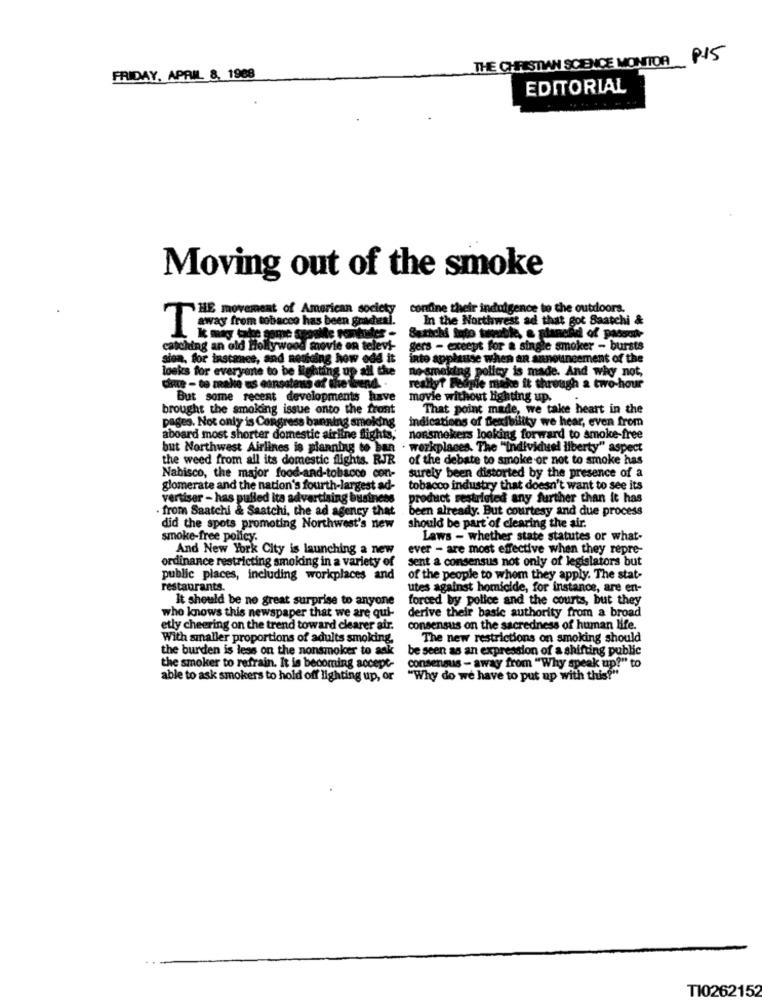
THE CHRISTIAN SCIENCE MONITOR P15
FRIDAY, APRIL 8, 1988
EDITORIAL
Moving out of the smoke
HE movement of American society
confine their indulgence to the outdoors.
In the Northwest ad that got Saatchi &
Settchi Into trouble, & sianend of passet-
Iwas from tobacco has been gracheal.
catching an old Hollywood movie on televi-
gers - except for a single smoker - bursts
sica, for instance, and nesteing how odd it
@ appkanise when an announcement of the
looks for everyone to be lighting up all the
no-smoking policy is made. And why not,
chute - to make us cansatens of the bend. .
yt Foiple make it through a two-hour
But some recent developments have
ovie without lighting up.
brought the smoking issue onto the front
That point made, we take heart in the
pages. Not only is Congress banning smoking
indications of flexibility we hear, even from
aboard most shorter domestic airline flights,'
nonsmokers looking forward to smoke-free
but Northwest Airlines is planning to ban
workplaces. The "individuel liberty" aspect
the weed from all its domestic flights. RJR of the debate to smoke or not to smoke has
Nabisco, the major food-and-tobacco con-
surely been distorted by the presence of a
glomerate and the nation's fourth-largest ad-
tobacco industry that doesn't want to see its
vertiser - has pulled Its advertising business
product restricted any further than it has
· from Saatchi & Saatchi, the ad agency that
been already. But courtesy and due process
did the spots promoting Northwest's new
should be part of clearing the air.
smoke-free policy.
Laws - whether state statutes or what-
And New York City is launching a new
ever - are most effective when they repre-
ordinance restricting smoking in a variety of
sent a consensus not only of legislators but
public places, including workplaces and
of the people to whom they apply. The stat-
restaurants.
utes against homicide, for instance, are en-
It should be no great surprise to anyone
forced by police and the courts, but they
who knows this newspaper that we are qui-
derive their basic authority from a broad
etly cheering on the trend toward clearer air.
consensus on the sacredness of human life.
With smaller proportions of adults smoking.
The new restrictions on smoking should
the burden is less on the nonsmoker to ask
be seen as an expression of a shifting public
consensus - away from "Why speak up?" to
the smoker to refrain. It is becoming accept-
able to ask smokers to hold off lighting up, or
"Why do we have to put up with this?"
TI0262152